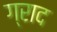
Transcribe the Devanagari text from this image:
ग्राद